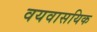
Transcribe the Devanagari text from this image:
वयवासयिक